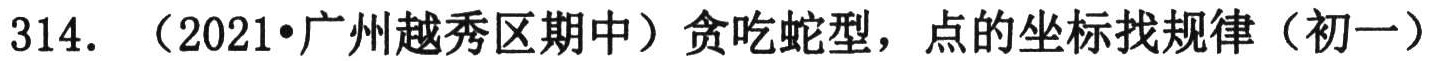
314. （2021•广州越秀区期中）贪吃蛇型，点的坐标找规律（初一）